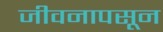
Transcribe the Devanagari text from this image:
जीवनापसून